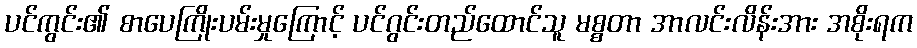
ပင်ကွင်း၏ စာပေကြိုးပမ်းမှုကြောင့် ပင်ဂွင်းတည်ထောင်သူ မစ္စတာ အာလင်းလိန်းအား အစိုးရက